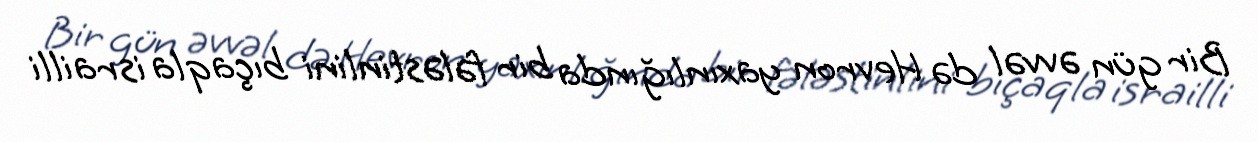
Bir gün əvvəl də Hevron yaxınlığında bir fələstinlini bıçaqla israilli